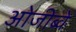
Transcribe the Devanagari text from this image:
ओजीब्वे